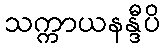
သက္ကာယနန္ဒီပိ